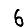
Digit: 6